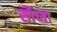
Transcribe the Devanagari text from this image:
सौच्या